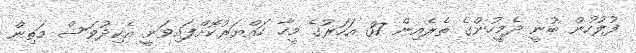
ފުލުހުން ބުނީ ދެމީހުންގެ ތެރެއިން 37 އަހަރުގެ މީހާ ހައްޔަރުކޮށްފައިވަނީ އެކިދުވަސް މަތިން